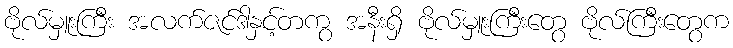
ဗိုလ်မှူးကြီး အလက်ဇင်ဒါနှင့်တကွ အနီးရှိ ဗိုလ်မှူးကြီးတွေ ဗိုလ်ကြီးတွေက